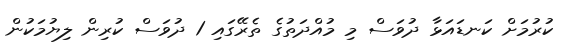
ކުރުމަށް ކަނޑައަޅާ ދުވަސް މި މުއްދަތުގެ ތެރޭގައި 1 ދުވަސް ކުރިން ލިޔުމަކުން